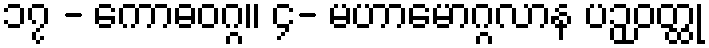
၁၇ - ကောဓဝဂ္ဂ။ ၄- မဟာမောဂ္ဂလာန ပဉှဝတ္ထု